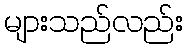
များသည်လည်း